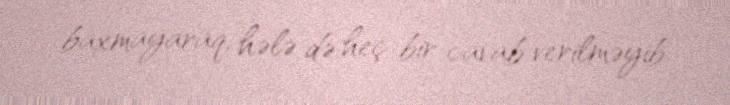
baxmayaraq, hələ də heç bir cavab verilməyib.